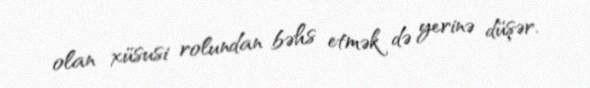
olan xüsusi rolundan bəhs etmək də yerinə düşər.